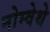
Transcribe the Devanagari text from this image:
नोम्वेथे